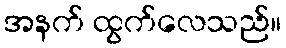
အနက် ထွက်လေသည်။